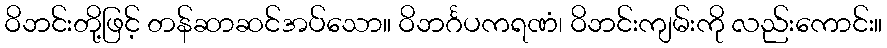
ဝိဘင်းတို့ဖြင့် တန်ဆာဆင်အပ်သော။ ဝိဘင်္ဂပကရဏံ၊ ဝိဘင်းကျမ်းကို လည်းကောင်း။